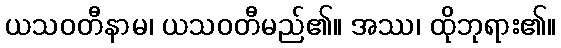
ယသဝတီနာမ၊ ယသဝတီမည်၏။ အဿ၊ ထိုဘုရား၏။